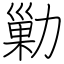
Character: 勦